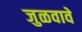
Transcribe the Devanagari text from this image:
जुळवावे